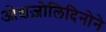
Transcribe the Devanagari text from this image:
ओक्षज़ोलिदिनोने